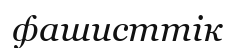
фашисттік